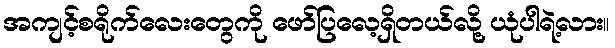
အကျင့်စရိုက်လေးတွေကို ဖော်ပြလေ့ရှိတယ်လို့ ယုံပါရဲ့လား။